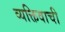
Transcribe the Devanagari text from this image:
व्यक्तिवाची